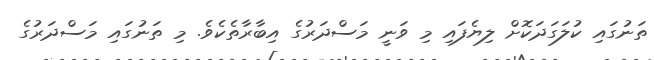
ތަނުގައި ކުލަގަދަކޮށް ލިޔެފައި މި ވަނީ މަސްދަރުގެ އިބާރާތެކެވެ. މި ތަނުގައި މަސްދަރުގެ